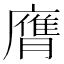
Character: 膺